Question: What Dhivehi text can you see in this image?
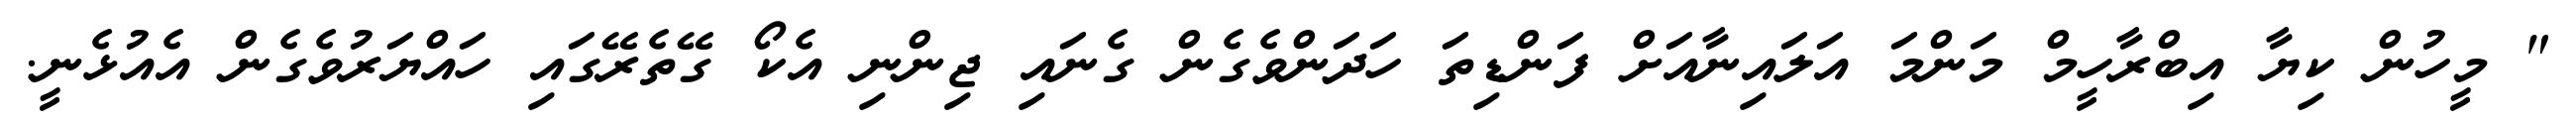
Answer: " މީހުން ކިޔާ އިބްރާހީމް މަންމަ އަލައިނާއަށް ފަންޑިތަ ހަދަންވެގެން ގެނައި ޖިންނި އެކޯ ގޭތެރޭގައި ހައްޔަރުވެގެން އެއުޅެނީ.